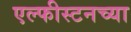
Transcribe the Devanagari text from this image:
एल्फीस्टनच्या